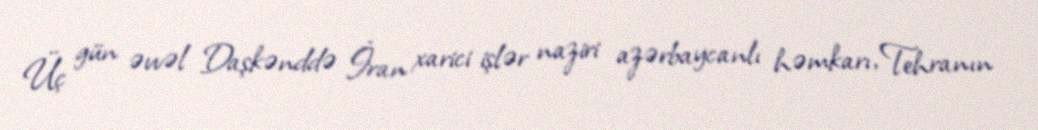
Üç gün əvvəl Daşkənddə İran xarici işlər naziri azərbaycanlı həmkarı, Tehranın